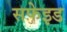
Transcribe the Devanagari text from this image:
सफेइड